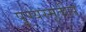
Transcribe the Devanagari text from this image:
पुण्यस्मृतीस